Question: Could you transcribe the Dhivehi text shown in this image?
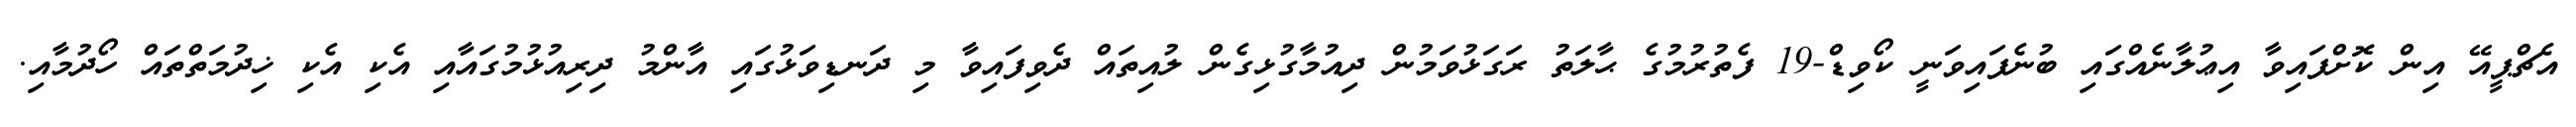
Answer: އެޗްޕީއޭ އިން ކޮށްފައިވާ އިޢުލާނެއްގައި ބުނެފައިވަނީ ކޯވިޑް-19 ފެތުރުމުގެ ޙާލަތު ރަގަޅުވަމުން ދިއުމާގުޅިގެން ލުއިތައް ދެވިފައިވާ މި ދަނޑިވަޅުގައި އާންމު ދިރިއުޅުމުގައާއި އެކި އެކި ޚިދުމަތްތައް ހޯދުމާއި.